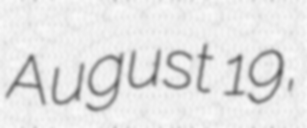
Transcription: August 19,